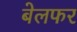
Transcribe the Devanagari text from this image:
बेलफर